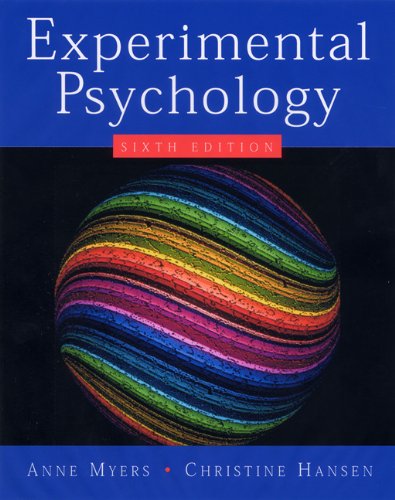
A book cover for Experimental Psychology (Available Titles CengageNOW); Anne Myers; Medical Books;